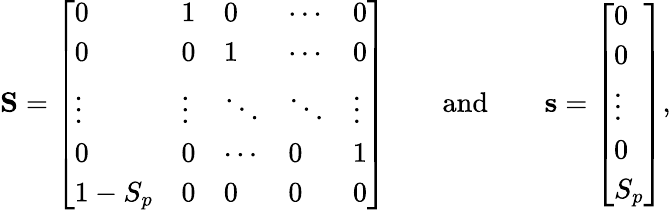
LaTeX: \mathbf{S}=\left[\begin{array}{lllll}{0}&{1}&{0}&{\cdots}&{0}\\ {0}&{0}&{1}&{\cdots}&{0}\\ {\vdots}&{\vdots}&{\ddots}&{\ddots}&{\vdots}\\ {0}&{0}&{\cdots}&{0}&{1}\\ {1-S_{p}}&{0}&{0}&{0}&{0}\end{array}\right]\qquad\mathrm{and}\qquad\mathbf{s}=\left[\begin{array}{l}{0}\\ {0}\\ {\vdots}\\ {0}\\ {S_{p}}\end{array}\right],